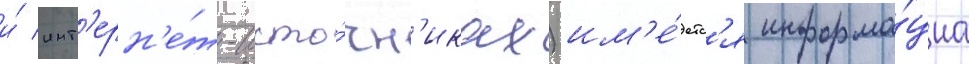
и́ инт'ерн'е́т-исто́чн'иках) им'е́етс'я информа́циа